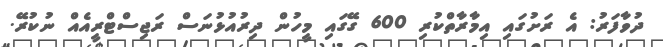
ދުވާފަރު: އެ ރަށުގައި އިމާރާތްކުރި 600 ގޭގައި މީހުން ދިރުއުޅުނަސް ރަޖިސްޓްރީއެއް ނުކުރޭ.